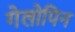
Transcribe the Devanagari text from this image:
गेलोपिन